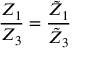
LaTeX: \frac { Z _ { 1 } } { Z _ { 3 } } = \frac { \tilde { Z } _ { 1 } } { \tilde { Z } _ { 3 } }